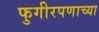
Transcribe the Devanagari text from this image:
फुगीरपणाच्या